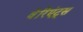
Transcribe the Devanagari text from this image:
वेरिएंट्स